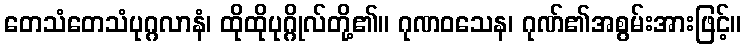
တေသံတေသံပုဂ္ဂလာနံ၊ ထိုထိုပုဂ္ဂိုလ်တို့၏။ ဂုဏဝသေန၊ ဂုဏ်၏အစွမ်းအားဖြင့်။